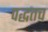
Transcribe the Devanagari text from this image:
पद्धतच